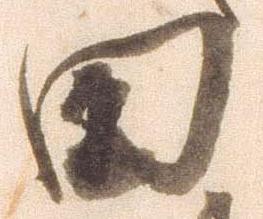
田